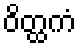
ဝိတ္ထကံ